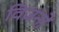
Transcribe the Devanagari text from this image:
विजनों